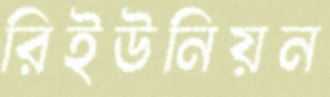
রিইউনিয়ন